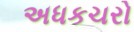
અધકચરો